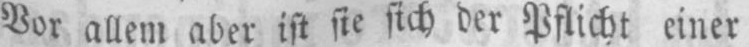
Vor allem aber ist sie sich der Pflicht einer